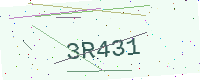
Text: 3R431